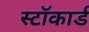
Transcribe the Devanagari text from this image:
स्टॉकार्ड